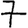
Digit: 7